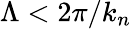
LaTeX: \Lambda<2\pi/k_{n}